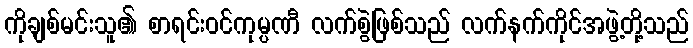
ကိုချစ်မင်းသူ၏ စာရင်းဝင်ကုမ္ပဏီ လက်စွဲဖြစ်သည် လက်နက်ကိုင်အဖွဲ့တို့သည်